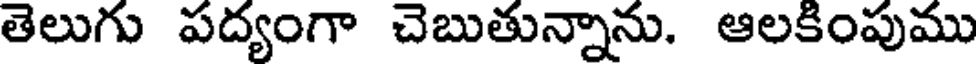
తెలుగు పద్యంగా చెబుతున్నాను. ఆలకింపుము